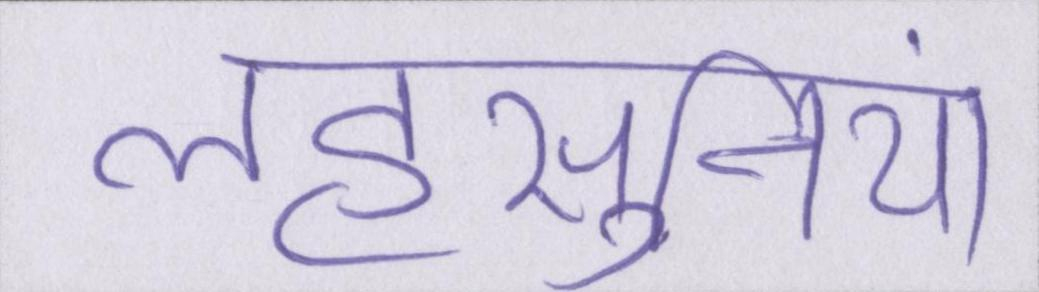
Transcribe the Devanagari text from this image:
लहसुनियां